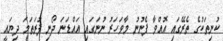
ކުނިތަކުގެ ތެރޭގައި އޮއްވާ ފެނުނު މާވަހަރު ނުނަގައި އައްޑަނަ ދޯނި ފުރަތަމަ ދިޔައީ